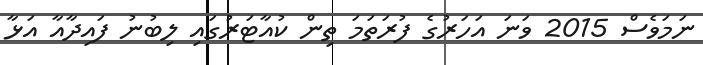
ނަމަވެސް 2015 ވަނަ އަހަރުގެ ފުރަތަމަ ތިން ކުއާޓަރުގައި ލިބުނު ފައިދާއާ އަޅާ